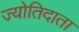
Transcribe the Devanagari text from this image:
ज्योतिदाता